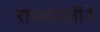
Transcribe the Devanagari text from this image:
राजदंपतीने